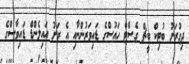
ދިގުރަށު ބުޓިކް ބީޗް ގެސްޓް ހައުސްގެ ޑައިވަރުންނާއި އެ ރަށު އައިލެންޑް ޑައިވާސްގެ